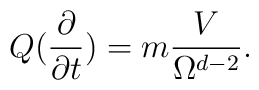
Q(\frac{\partial }{\partial t})=m\frac{V}{\Omega ^{d-2}}.